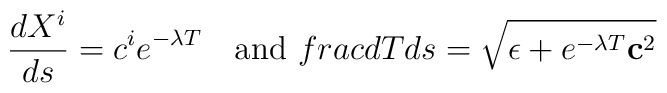
\frac{dX^i}{ds}=c^ie^{-\lambda T}\ \ \ {\rm and} \ \ \\frac{dT}{ds}=\sqrt{\epsilon + e^{-\lambda T} {\bf c}^2}